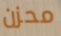
محزن